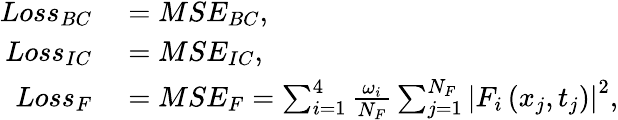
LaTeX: \begin{array}{rl}{Loss_{BC}}&{{}=MSE_{BC},}\\ {Loss_{IC}}&{{}=MSE_{IC},}\\ {Loss_{F}}&{{}=MSE_{F}=\sum_{i=1}^{4}\frac{\omega_{i}}{N_{F}}\sum_{j=1}^{N_{F}}\left|F_{i}\left(x_{j},t_{j}\right)\right|^{2},}\end{array}